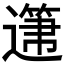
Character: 𲅺